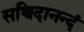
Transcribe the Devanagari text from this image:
सच्चिदानन्दं